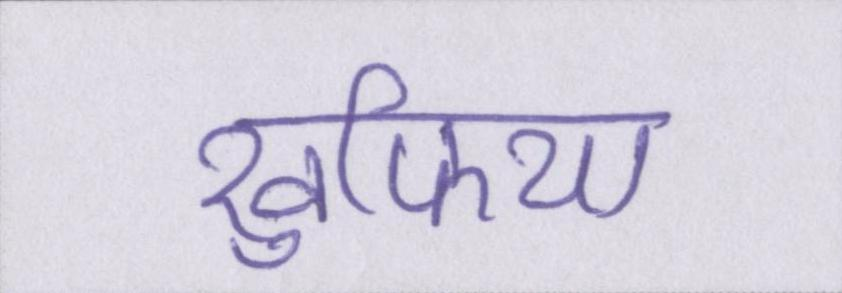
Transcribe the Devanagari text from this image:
खुफिया